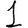
Digit: 1